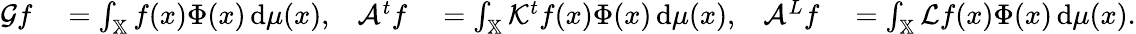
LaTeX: \begin{array}{rlrlrl}{\mathcal{G}f}&{{}=\int_{\mathbb{X}}f(x)\Phi(x)\, \mathrm{d}\mu(x),}&{\mathcal{A}^{t}f}&{{}=\int_{\mathbb{X}}\mathcal{K}^{t}f(x)\Phi(x)\, \mathrm{d}\mu(x),}&{\mathcal{A}^{L}f}&{{}=\int_{\mathbb{X}}\mathcal{L}f(x)\Phi(x)\, \mathrm{d}\mu(x).}\end{array}